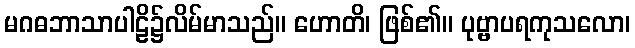
မဂဓဘာသာပါဠိ၌လိမ်မာသည်။ ဟောတိ၊ ဖြစ်၏။ ပုဗ္ဗာပရကုသလော၊